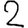
Digit: 2